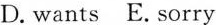
D. wants E. Sorry